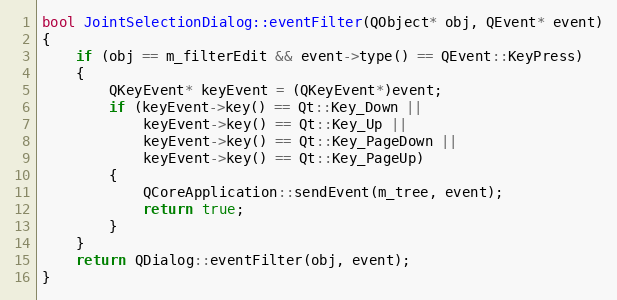
Language: C++
bool JointSelectionDialog::eventFilter(QObject* obj, QEvent* event)
{
	if (obj == m_filterEdit && event->type() == QEvent::KeyPress)
	{
		QKeyEvent* keyEvent = (QKeyEvent*)event;
		if (keyEvent->key() == Qt::Key_Down ||
		    keyEvent->key() == Qt::Key_Up ||
		    keyEvent->key() == Qt::Key_PageDown ||
		    keyEvent->key() == Qt::Key_PageUp)
		{
			QCoreApplication::sendEvent(m_tree, event);
			return true;
		}
	}
	return QDialog::eventFilter(obj, event);
}